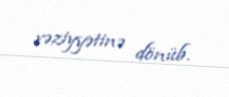
vəziyyətinə dönüb.